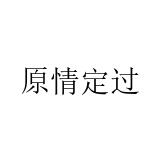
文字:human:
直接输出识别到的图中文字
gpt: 原情定过